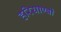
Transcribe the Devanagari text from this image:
हरियाण्वी